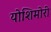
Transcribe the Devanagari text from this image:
योशिमोरी